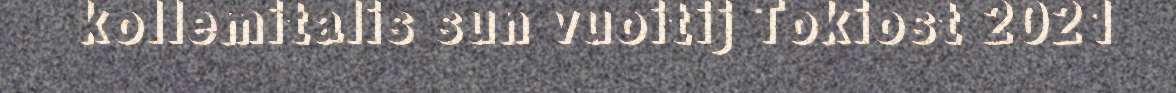
kollemitalis sun vuoitij Tokiost 2021